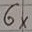
Text: 6×